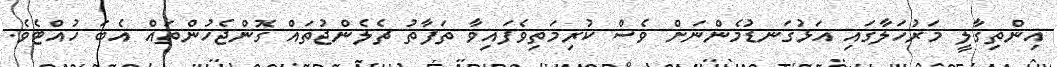
އިންތިގާލީ މަރުހަލާގައި އަޅުގަނޑުމެންނަށް ވެސް ކުރިމަތިވެފައިވާ ތަފާތު ޗެލެންޖުތައް ގޮންޖެހުންތައް އެބަ ހުއްޓެވެ.